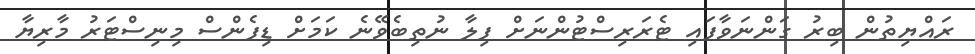
ރައްޔިތުން ބިރު ގަންނަވާފައި ޓެރަރިސްޓުންނަށް ފިލާ ނުތިބެވޭނެ ކަމަށް ޑިފެންސް މިނިސްޓަރު މާރިޔާ